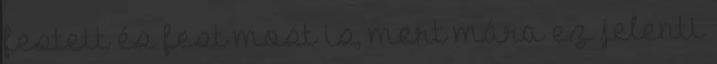
festett és fest most is, mert mára ez jelenti